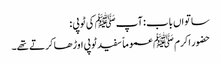
ساتواں باب : آپ ﷺ کی ٹوپی :
حضور اکرم ﷺ عموماً سفید ٹوپی اوڑھا کرتے تھے۔